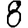
Digit: 8